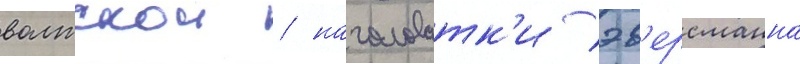
волжскои / наголоватк'и эв'ерсманна